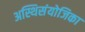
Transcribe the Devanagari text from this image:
अस्थिसंयोजिका